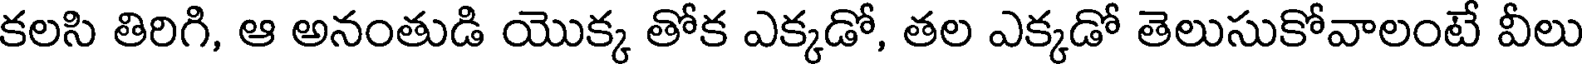
కలసి తిరిగి, ఆ అనంతుడి యొక్క తోక ఎక్కడో, తల ఎక్కడో తెలుసుకోవాలంటే వీలు